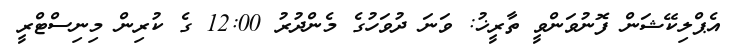
އެޕްލިކޭޝަން ފޮނުވަންވީ ތާރީޚު: ވަނަ ދުވަހުގެ މެންދުރު 12:00 ގެ ކުރިން މިނިސްޓްރީ